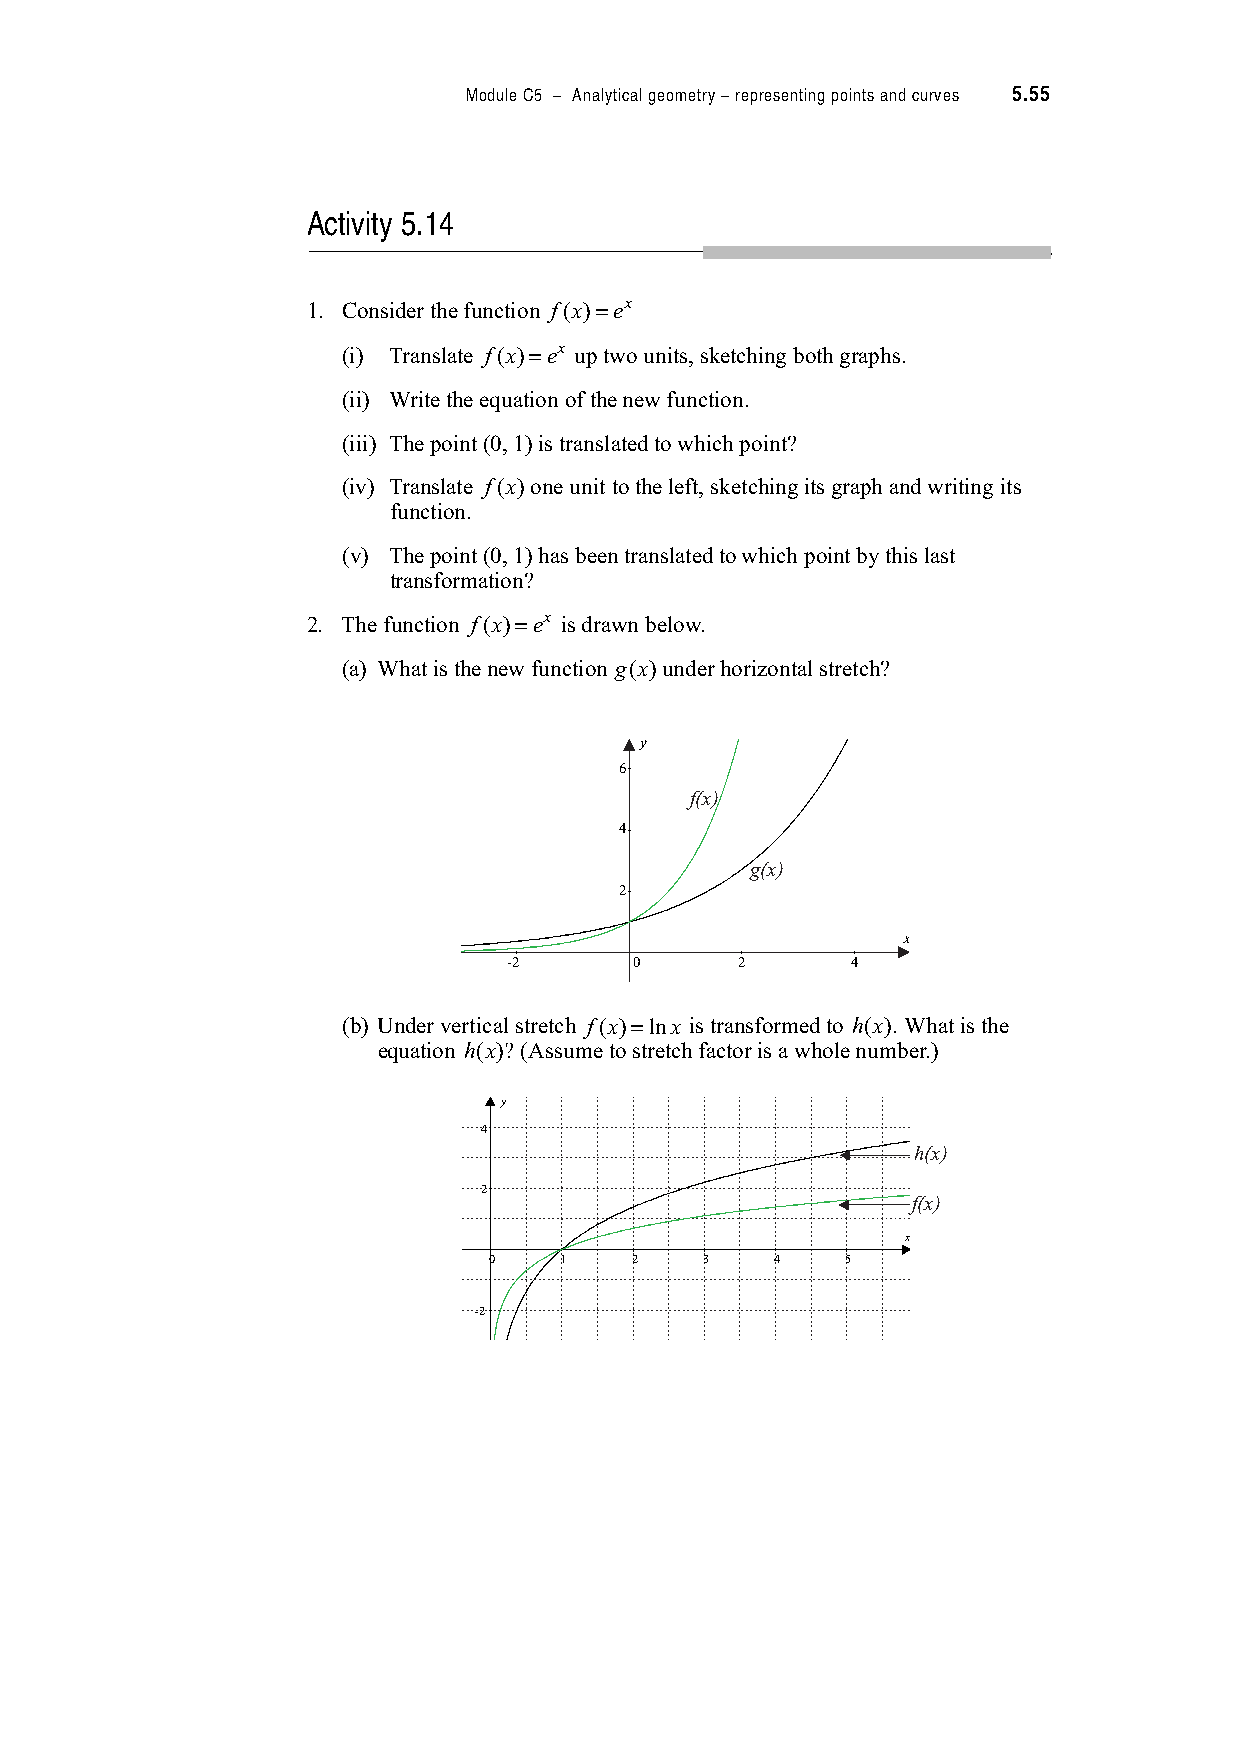
Module C5 – Analytical geometry – representing points and curves 5.55
 Activity 5.14
 1. Consider the function f(x)"ex
 (i) Translate f(x)"ex up two units, sketching both graphs.
 (ii) Write the equation of the new function.
 (iii) The point (0, 1) is translated to which point?
 (iv) Translate f(x) one unit to the left, sketching its graph and writing its
 function.
 (v) The point (0, 1) has been translated to which point by this last
 transformation?
 2. The function f(x)"ex is drawn below.
 (a) What is the new function g(x) under horizontal stretch?
 y
 6
 f(x)
 4
 g(x)
 2
 x
 -2      0      2      4
 (b) Under vertical stretch f(x)"lnx is transformed to h(x). What is the
 equation h(x)? (Assume to stretch factor is a whole number.)
 y
 4
 h(x)
 2
 f(x)
 x
 0    1    2    3   4    5
 -2